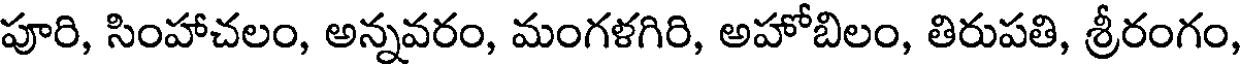
పూరి, సింహాచలం, అన్నవరం, మంగళగిరి, అహోబిలం, తిరుపతి, శ్రీరంగం,